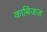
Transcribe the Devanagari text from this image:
काबिजज